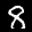
Label: 8